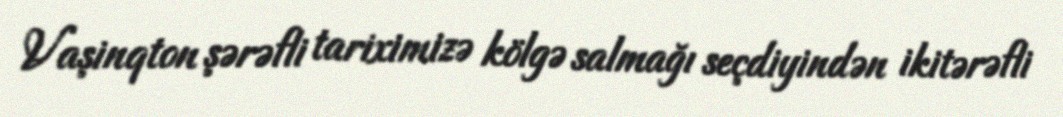
Vaşinqton şərəfli tariximizə kölgə salmağı seçdiyindən ikitərəfli